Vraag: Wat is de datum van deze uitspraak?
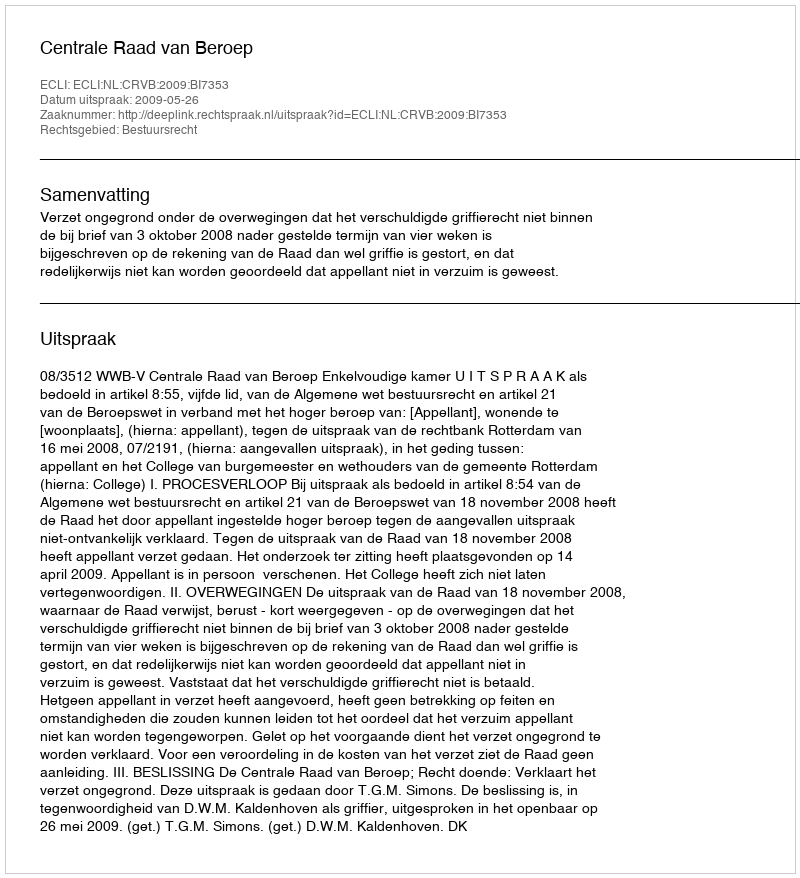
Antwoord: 2009-05-26